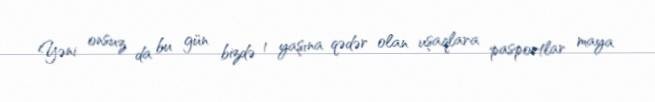
Yəni onsuz da bu gün bizdə 1 yaşına qədər olan uşaqlara pasportlar maya